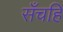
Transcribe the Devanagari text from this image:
सँचहि